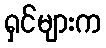
ရှင်များက